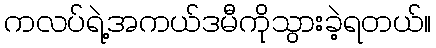
ကလပ်ရဲ့အကယ်ဒမီကိုသွားခဲ့ရတယ်။